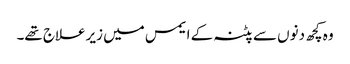
وہ کچھ دنوں سے پٹنہ کے ایمس میں زیرعلاج تھے۔